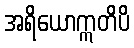
အရိယောဣတိပိ